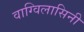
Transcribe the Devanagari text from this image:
वाग्विलासिनी